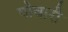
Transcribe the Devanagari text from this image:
पोवारी